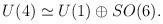
LaTeX: \begin{align*}U(4) \simeq U(1) \oplus SO(6).\end{align*}